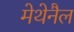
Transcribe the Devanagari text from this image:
मेथेनैल